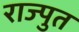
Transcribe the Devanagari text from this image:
राज्पुत